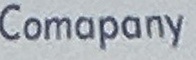
Company